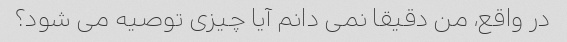
در واقع، من دقیقا نمی دانم آیا چیزی توصیه می شود؟